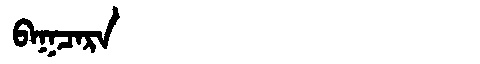
Manchu: ᠪᠠᡴᠴᠠᡵᠠ
Romanization: BAKCARA